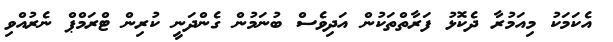
އެކަމަކު މިއަމުރާ ދެކޮޅު ފަރާތްތަކުން އަދިވެސް ބުނަމުން ގެންދަނީ ކުރިން ޓްރަމްޕް ނެރުއްވި